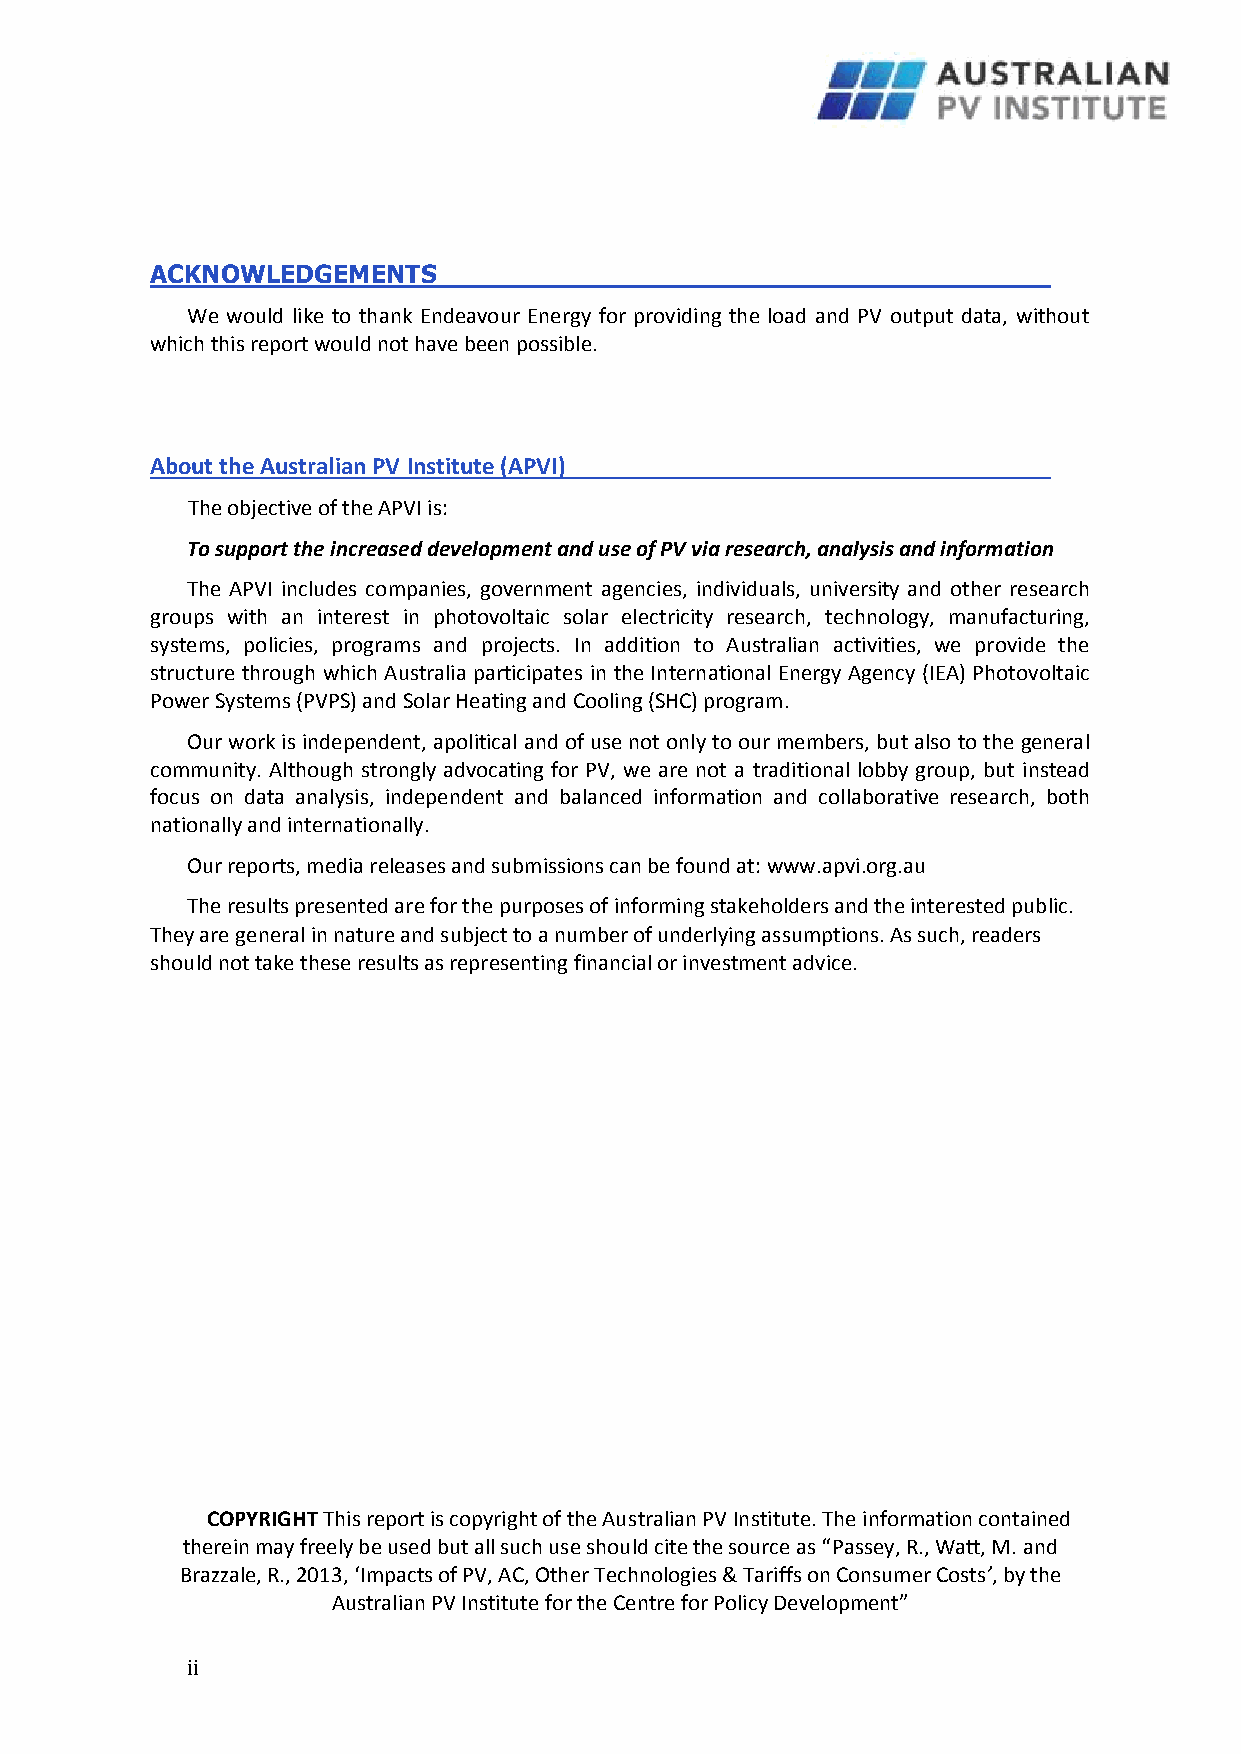
ACKNOWLEDGEMENTS
 We would like to thank Endeavour Energy for providing the load and PV output data, without
 which this report would not have been possible.
 About the Australian PV Institute (APVI)
 The objective of the APVI is:
 To support the increased development and use of PV via research, analysis and information
 The APVI includes companies, government agencies, individuals, university and other research
 groups with an interest in photovoltaic solar electricity research, technology, manufacturing,
 systems, policies, programs and projects. In addition to Australian activities, we provide the
 structure through which Australia participates in the International Energy Agency (IEA) Photovoltaic
 Power Systems (PVPS) and Solar Heating and Cooling (SHC) program.
 Our work is independent, apolitical and of use not only to our members, but also to the general
 community. Although strongly advocating for PV, we are not a traditional lobby group, but instead
 focus on data analysis, independent and balanced information and collaborative research, both
 nationally and internationally.
 Our reports, media releases and submissions can be found at: www.apvi.org.au
 The results presented are for the purposes of informing stakeholders and the interested public.
 They are general in nature and subject to a number of underlying assumptions. As such, readers
 should not take these results as representing financial or investment advice.
 COPYRIGHT This report is copyright of the Australian PV Institute. The information contained
 therein may freely be used but all such use should cite the source as “Passey, R., Watt, M. and
 Brazzale, R., 2013, ‘Impacts of PV, AC, Other Technologies & Tariffs on Consumer Costs’, by the
 Australian PV Institute for the Centre for Policy Development”
 i i